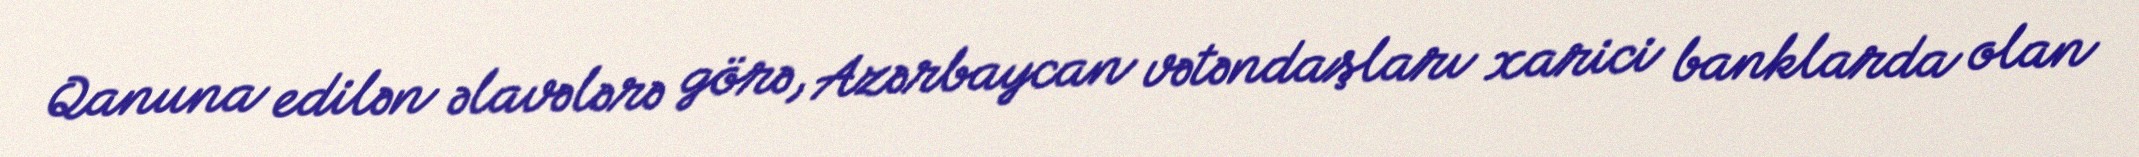
Qanuna edilən əlavələrə görə, Azərbaycan vətəndaşları xarici banklarda olan